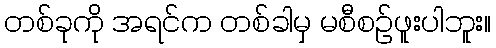
တစ်ခုကို အရင်က တစ်ခါမှ မစီစဉ်ဖူးပါဘူး။